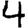
Digit: 4